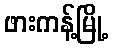
ဖားကန့်မြို့